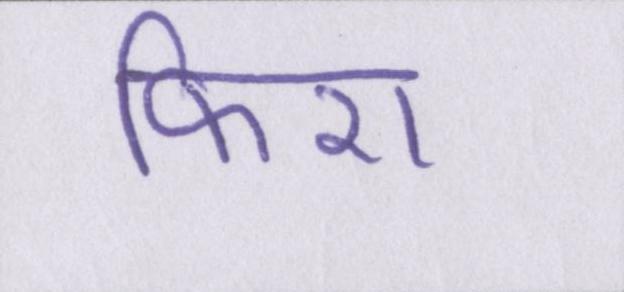
फिरा